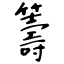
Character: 籌